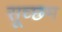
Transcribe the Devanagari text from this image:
सूच्‍छम